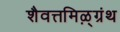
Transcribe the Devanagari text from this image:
शैवत्तमिऴ्‌ग्रंथ